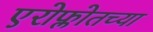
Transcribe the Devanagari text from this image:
एरोफ्लोतच्या